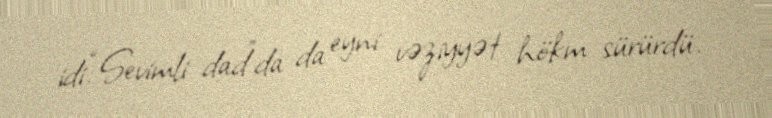
idi.“Sevimli dad”da da eyni vəziyyət hökm sürürdü.